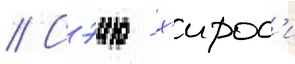
// Сэию - х'ирос'и